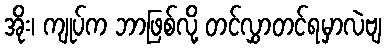
အိုး၊ ကျုပ်က ဘာဖြစ်လို့ တင်လွှာတင်ရမှာလဲဗျ